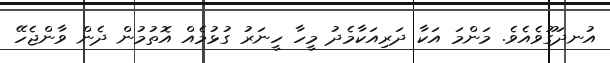
އުނދަގޫވެއެވެ. މަންމަ އަކާ ދަރިއަކާމެދު މީހާ ހީނަރު ގުޅުމެއް އޮތުމުން ދެން ވާންޖެހޭ